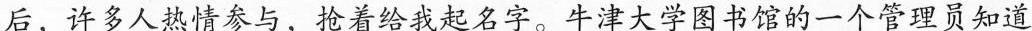
后，许多人热情参与，抢着给我起名字。牛津大学图书馆的一个管理员知道